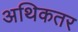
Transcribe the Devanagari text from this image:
अथिकतर